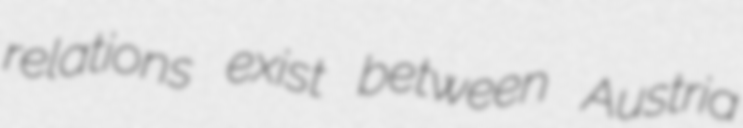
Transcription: relations exist between Austria